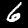
Label: 6